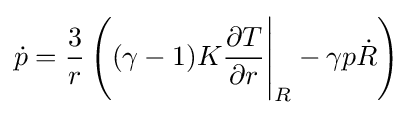
{\dot {p}}={\frac {3}{r}}\left((\gamma -1)K{\frac {\partial T}{\partial r}}{\Bigg |}_{R}-\gamma p{\dot {R}}\right)